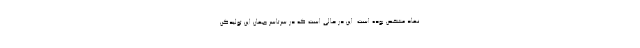
نهاد مشخص بوده است. این در حالی است که در سرتاسر جهان این تولیدکن